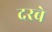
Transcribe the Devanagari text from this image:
दरबे